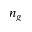
n _ { g }